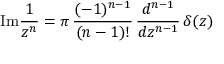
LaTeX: \mathrm { I m } { \frac { 1 } { z ^ { n } } } = \pi \, { \frac { ( - 1 ) ^ { n - 1 } } { ( n - 1 ) ! } } \, { \frac { d ^ { n - 1 } } { d z ^ { n - 1 } } } \, \delta ( z )